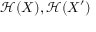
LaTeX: { \mathcal { H } } ( X ) , { \mathcal { H } } ( X ^ { \prime } )